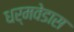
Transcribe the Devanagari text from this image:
धर्मवेडास